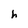
Character: h